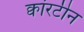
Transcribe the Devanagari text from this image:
क्वांरटीन